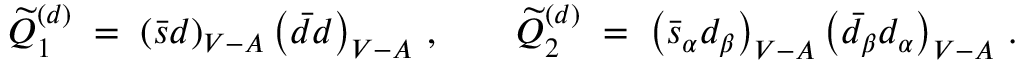
\widetilde { Q } _ { 1 } ^ { ( d ) } \; = \; \left( \bar { s } d \right) _ { V - A } \left( \bar { d } d \right) _ { V - A } \, , \qquad \widetilde { Q } _ { 2 } ^ { ( d ) } \; = \; \left( \bar { s } _ { \alpha } d _ { \beta } \right) _ { V - A } \left( \bar { d } _ { \beta } d _ { \alpha } \right) _ { V - A } \, .